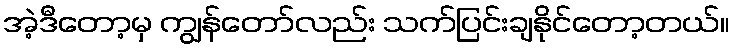
အဲ့ဒီတော့မှ ကျွန်တော်လည်း သက်ပြင်းချနိုင်တော့တယ်။